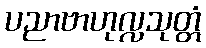
ပညာဗာဟုလ္လသုတ္တံ